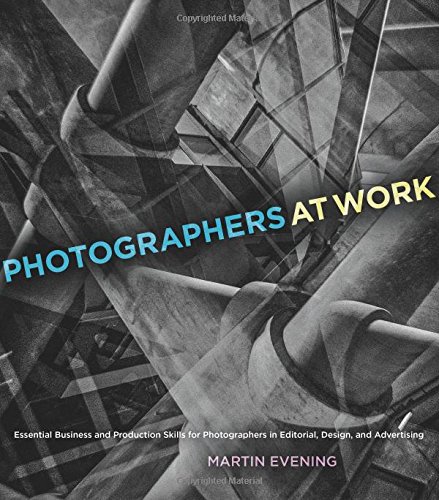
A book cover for Photographers at Work: Essential Business and Production Skills for Photographers in Editorial, Design, and Advertising (Voices That Matter); Martin Evening; Arts & Photography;